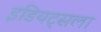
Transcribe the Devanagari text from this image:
इडियट्सला